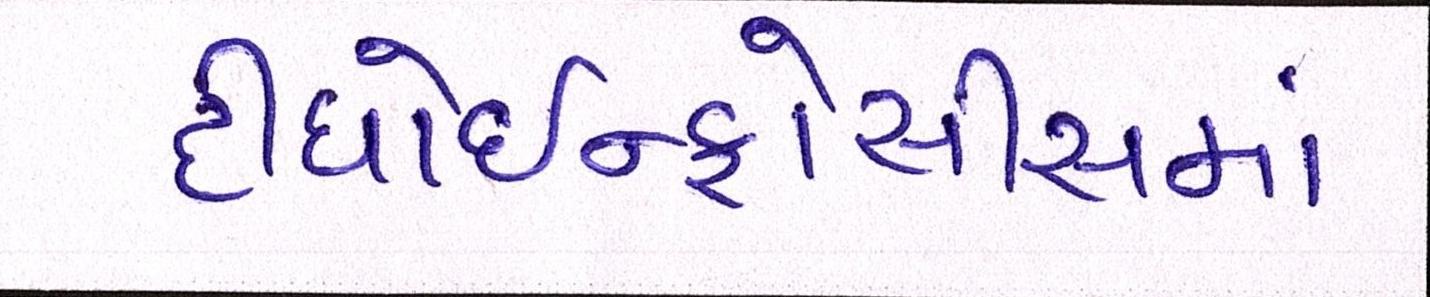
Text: દીધોઇન્ફોસીસમાં